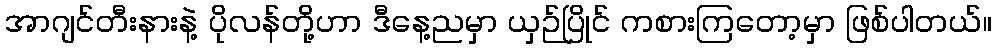
အာဂျင်တီးနားနဲ့ ပိုလန်တို့ဟာ ဒီနေ့ညမှာ ယှဉ်ပြိုင် ကစားကြတော့မှာ ဖြစ်ပါတယ်။